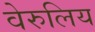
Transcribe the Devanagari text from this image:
वेरुलिय